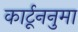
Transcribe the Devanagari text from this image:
कार्टूननुमा